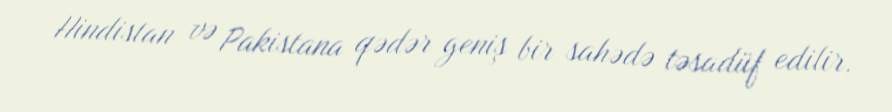
Hindistan və Pakistana qədər geniş bir sahədə təsadüf edilir.